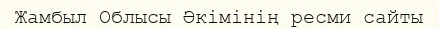
Жамбыл Облысы Әкімінің ресми сайты